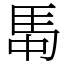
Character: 𮩸